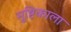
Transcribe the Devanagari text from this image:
मुष्टिकाला